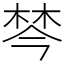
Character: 棽